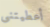
أعطيتنى